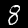
Digit: 8